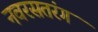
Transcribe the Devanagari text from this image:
नवरसतरंग